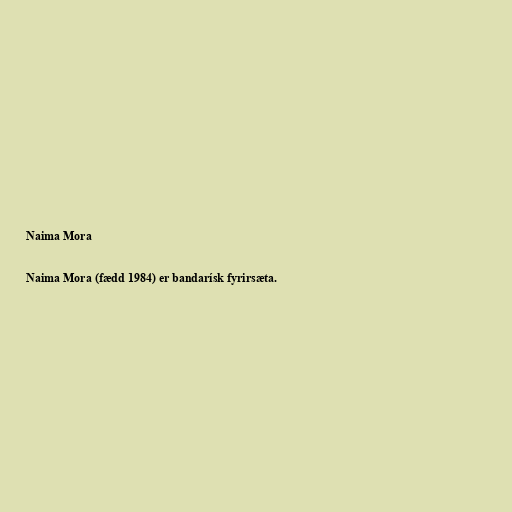
Naima Mora

Naima Mora (fædd 1984) er bandarísk fyrirsæta.